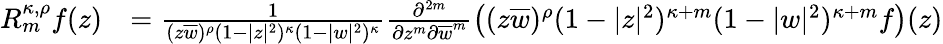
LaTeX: \begin{array}{rl}{R_{m}^{\kappa,\rho}f(z)}&{=\frac{1}{(z\overline{{w}})^{\rho}(1-|z|^{2})^{\kappa}(1-|w|^{2})^{\kappa}}\frac{\partial^{2m}}{\partial z^{m}\partial\overline{{w}}^{m}}\left((z\overline{{w}})^{\rho}(1-|z|^{2})^{\kappa+m}(1-|w|^{2})^{\kappa+m}f\right)(z)}\end{array}